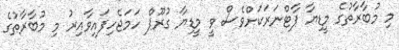
މި މުބާރާތުގެ މީޑިޔާ ޕާޓްނަރަކަށްވެސް ވީ މީޑިޔާ ގުރޫޕް ހަމަޖެހިފައިވާއިރު މި މުބާރާތުގެ